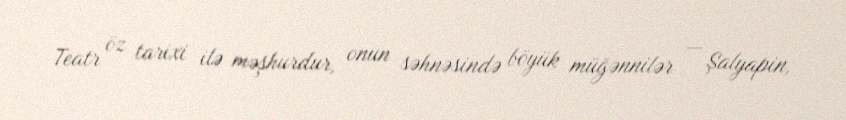
Teatr öz tarixi ilə məşhurdur, onun səhnəsində böyük müğənnilər — Şalyapin,